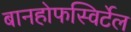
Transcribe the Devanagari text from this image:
बानहोफस्विर्टेल